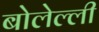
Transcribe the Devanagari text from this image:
बोलेल्ली